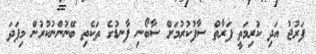
ފަރުޖު އަދި ކުރިމަތީ ފަރާތް ސާފުކުރުމަށް ސާބޯނި ފާނޑުގެ ތަކެތި ބޭނުންނުކުރުން މިފަދަ